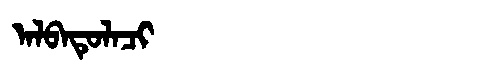
Manchu: ᠠᠯᠪᠠᡨᡠᠯᠠᠴᡳ
Romanization: ALBATULACI